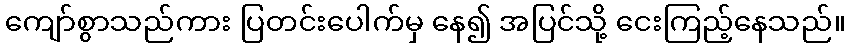
ကျော်စွာသည်ကား ပြတင်းပေါက်မှ နေ၍ အပြင်သို့ ငေးကြည့်နေသည်။